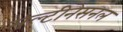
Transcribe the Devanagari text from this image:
मल्टीनेसनल